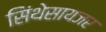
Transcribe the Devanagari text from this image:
सिंथेसायजर